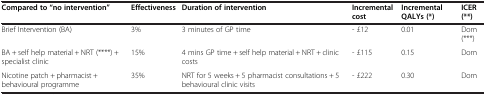
<table><thead><tr><td><b>Compared to “no intervention”</b></td><td><b>Effectiveness</b></td><td><b>Duration of intervention</b></td><td><b>Incremental cost</b></td><td><b>Incremental QALYs (*)</b></td><td><b>ICER (**)</b></td></tr></thead><tbody><tr><td>Brief Intervention (BA)</td><td>3%</td><td>3 minutes of GP time</td><td>- £12</td><td>0.01</td><td>Dom (***)</td></tr><tr><td>BA + self help material + NRT (****) + specialist clinic</td><td>15%</td><td>4 mins GP time + self help material + NRT + clinic costs</td><td>- £115</td><td>0.15</td><td>Dom</td></tr><tr><td>Nicotine patch + pharmacist + behavioural programme</td><td>35%</td><td>NRT for 5 weeks + 5 pharmacist consultations + 5 behavioural clinic visits</td><td>- £222</td><td>0.30</td><td>Dom</td></tr></tbody></table>